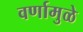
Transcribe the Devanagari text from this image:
वर्णामुळे